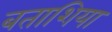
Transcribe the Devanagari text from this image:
बताशिया